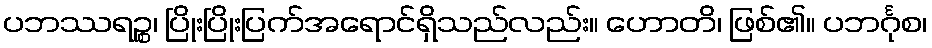
ပဘဿရဉ္စ၊ ပြိုးပြိုးပြက်အရောင်ရှိသည်လည်း။ ဟောတိ၊ ဖြစ်၏။ ပဘင်္ဂုစ၊